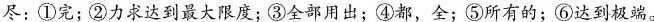
尽：①完；②力求达到最大限度；③全部用出；④都，全；⑤所有的；⑥达到极端。